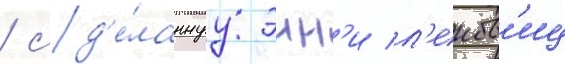
/ сд'е́ланнуу энн'и л'еибов'иц